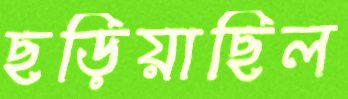
ছড়িয়াছিল